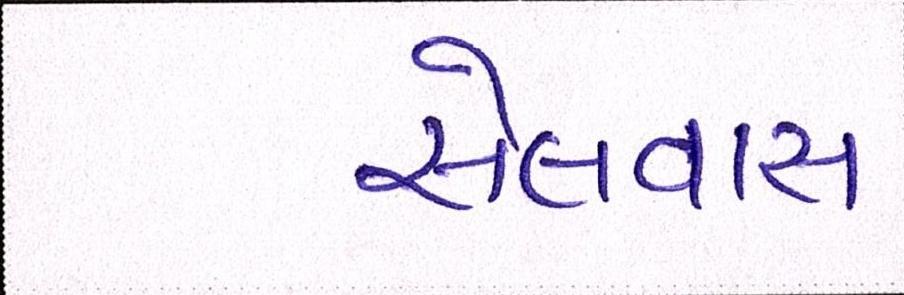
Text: સેલવાસ